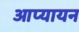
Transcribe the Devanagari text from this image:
आप्यायन